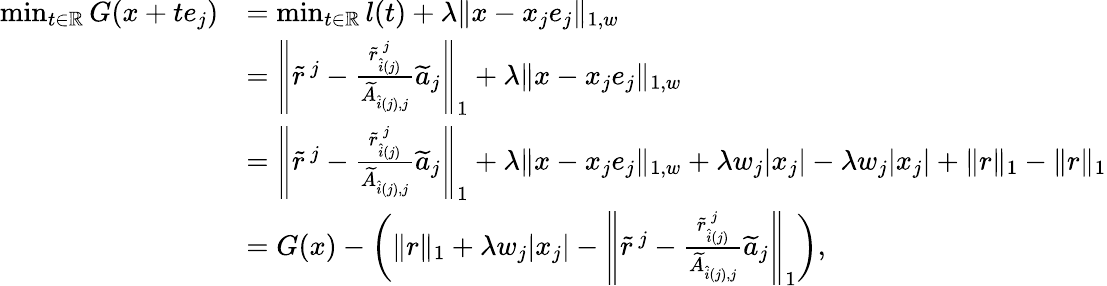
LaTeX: \begin{array}{rl}{\operatorname*{min}_{t\in\mathbb{R}}G(x+te_{j})}&{=\operatorname*{min}_{t\in\mathbb{R}}l(t)+\lambda\| x-x_{j}e_{j}\| _{1,w}}\\ &{=\left\| \widetilde{r}^{\, j}-\frac{\widetilde{r}_{\hat{i}(j)}^{\, j}}{\widetilde{A}_{\hat{i}(j),j}}\widetilde{a}_{j}\right\| _{1}+\lambda\| x-x_{j}e_{j}\| _{1,w}}\\ &{=\left\| \widetilde{r}^{\, j}-\frac{\widetilde{r}_{\hat{i}(j)}^{\, j}}{\widetilde{A}_{\hat{i}(j),j}}\widetilde{a}_{j}\right\| _{1}+\lambda\| x-x_{j}e_{j}\| _{1,w}+\lambda w_{j}|x_{j}|-\lambda w_{j}|x_{j}|+\| r\| _{1}-\| r\| _{1}}\\ &{=G(x)-\left(\| r\| _{1}+\lambda w_{j}|x_{j}|-\left\| \widetilde{r}^{\, j}-\frac{\widetilde{r}_{\hat{i}(j)}^{\, j}}{\widetilde{A}_{\hat{i}(j),j}}\widetilde{a}_{j}\right\| _{1}\right),}\end{array}